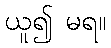
ယူ၍ မရ။